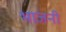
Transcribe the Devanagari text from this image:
भाजनी